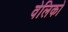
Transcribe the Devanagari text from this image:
वेलिको